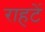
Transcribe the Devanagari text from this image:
राहटें